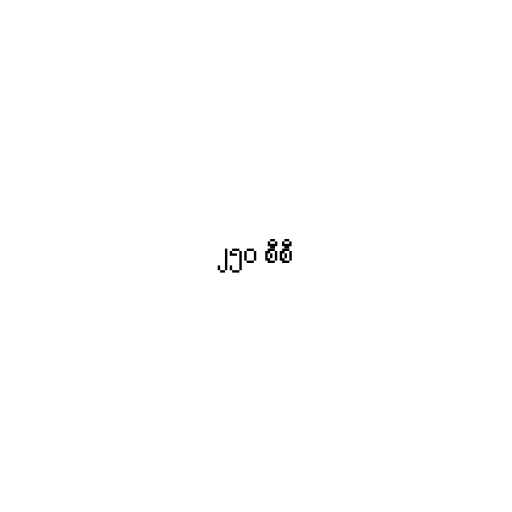
၂၅၀ စီစီ